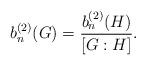
LaTeX: \begin{align*} b_n^{(2)}(G) = \frac{b_n^{(2)}(H)}{[G:H]}.\end{align*}